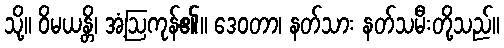
သို့။ ဝိမယန္တိ၊ အံ့ဩကုန်၏။ ဒေဝတာ၊ နတ်သား နတ်သမီးတို့သည်။